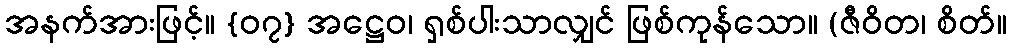
အနက်အားဖြင့်။ {၀၇} အဋ္ဌေဝ၊ ရှစ်ပါးသာလျှင် ဖြစ်ကုန်သော။ (ဇီဝိတ၊ စိတ်။